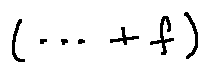
( \cdots + f )